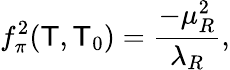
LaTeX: f_{\pi}^{2}(\mathsf{T},\mathsf{T}_{0})=\frac{{-\mu_{R}^{2}}}{{\lambda_{R}}},